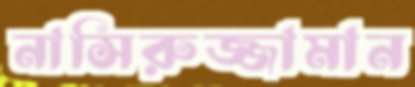
নাসিরুজ্জামান